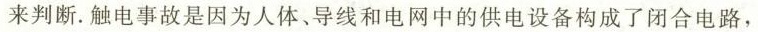
来判断。触电事故是因为人体，导线和电网中的供电设备构成了闭合电路，